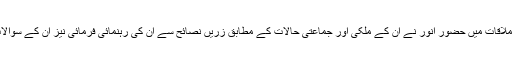
تقریبا ایک گھنٹہ تک جاری رہنے والی اس ملاقات میں حضورِ انور نے ان کے ملکی اور جماعتی حالات کے مطابق زرّیں نصائح سے ان کی رہنمائی فرمائی نیز ان کے سوالات کے بصیرت افروز جوابات عطا فرمائے۔